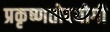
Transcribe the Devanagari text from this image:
प्रकृष्णतोपयोगी